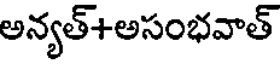
అన్యత్+అసంభవాత్